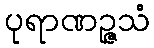
ပုရာဏဉ္ဇသံ